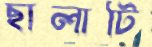
ছালাটি